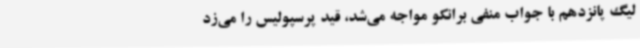
لیگ پانزدهم با جواب منفی برانکو مواجه می‌شد، قید پرسپولیس را می‌زد